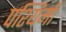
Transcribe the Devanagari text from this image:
पश्यिमी